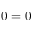
0 = 0